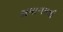
સમાગમથી